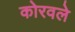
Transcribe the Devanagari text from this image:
कोरवले